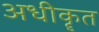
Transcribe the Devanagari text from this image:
अधीकॄत